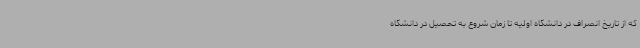
که از تاریخ انصراف در دانشگاه اولیه تا زمان شروع به تحصیل در دانشگاه